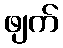
ဖျက်